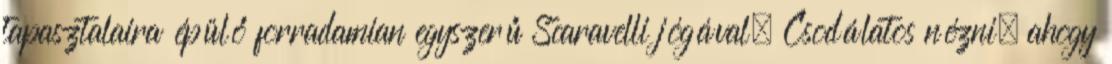
tapasztalaira épülő forradamian egyszerű Scaravelli jógával. Csodálatos nézni, ahogy